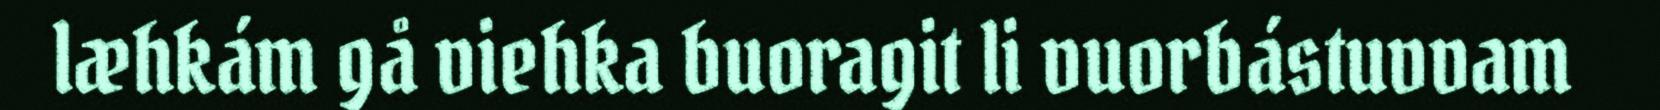
læhkám gå viehka buoragit li vuorbástuvvam